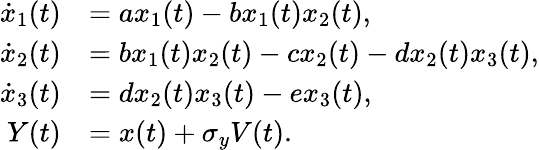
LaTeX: \begin{array}{rl}{\dot{x}_{1}(t)}&{=ax_{1}(t)-bx_{1}(t)x_{2}(t),}\\ {\dot{x}_{2}(t)}&{=bx_{1}(t)x_{2}(t)-cx_{2}(t)-dx_{2}(t)x_{3}(t),}\\ {\dot{x}_{3}(t)}&{=dx_{2}(t)x_{3}(t)-ex_{3}(t),}\\ {Y(t)}&{=x(t)+\sigma_{y}V(t).}\end{array}